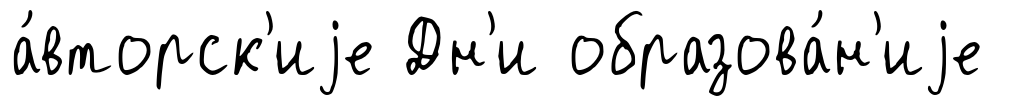
а́вторск'иjе Дн'и образова́н'иjе